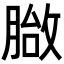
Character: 𦞀